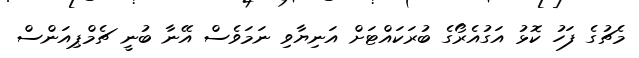
މެޗުގެ ފަހު ކޮޅު އަގުއެރޯގެ ބުރަކައްޓަށް އަނިޔާވި ނަމަވެސް އޭނާ ބުނީ ޗެމްޕިއަންސް